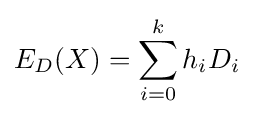
E_{D}(X)=\sum _{i=0}^{k}h_{i}D_{i}